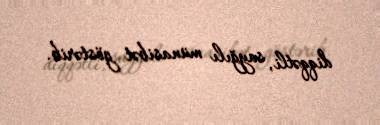
diqqətli, sayğılı münasibət göstərib.